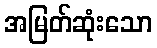
အမြတ်ဆုံးသော